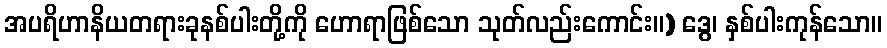
အပရိဟာနိယတရားခုနစ်ပါးတို့ကို ဟောရာဖြစ်သော သုတ်လည်းကောင်း။) ဒွေ၊ နှစ်ပါးကုန်သော။